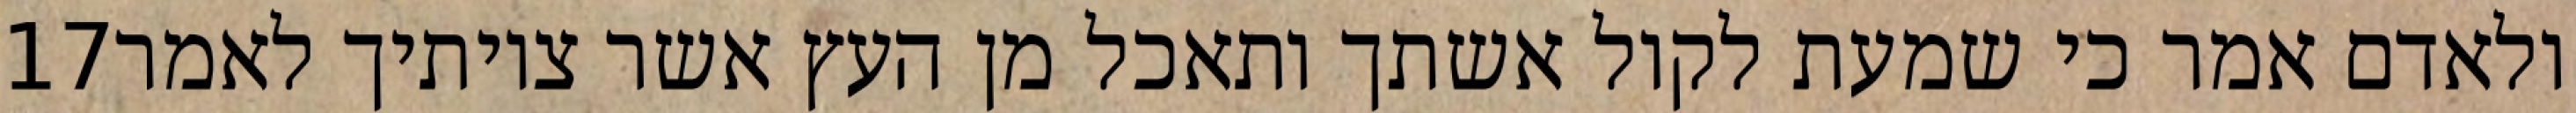
‎17‏ ולאדם אמר כי שמעת לקול אשתך ותאכל מן העץ אשר צויתיך לאמר